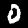
Digit: 0